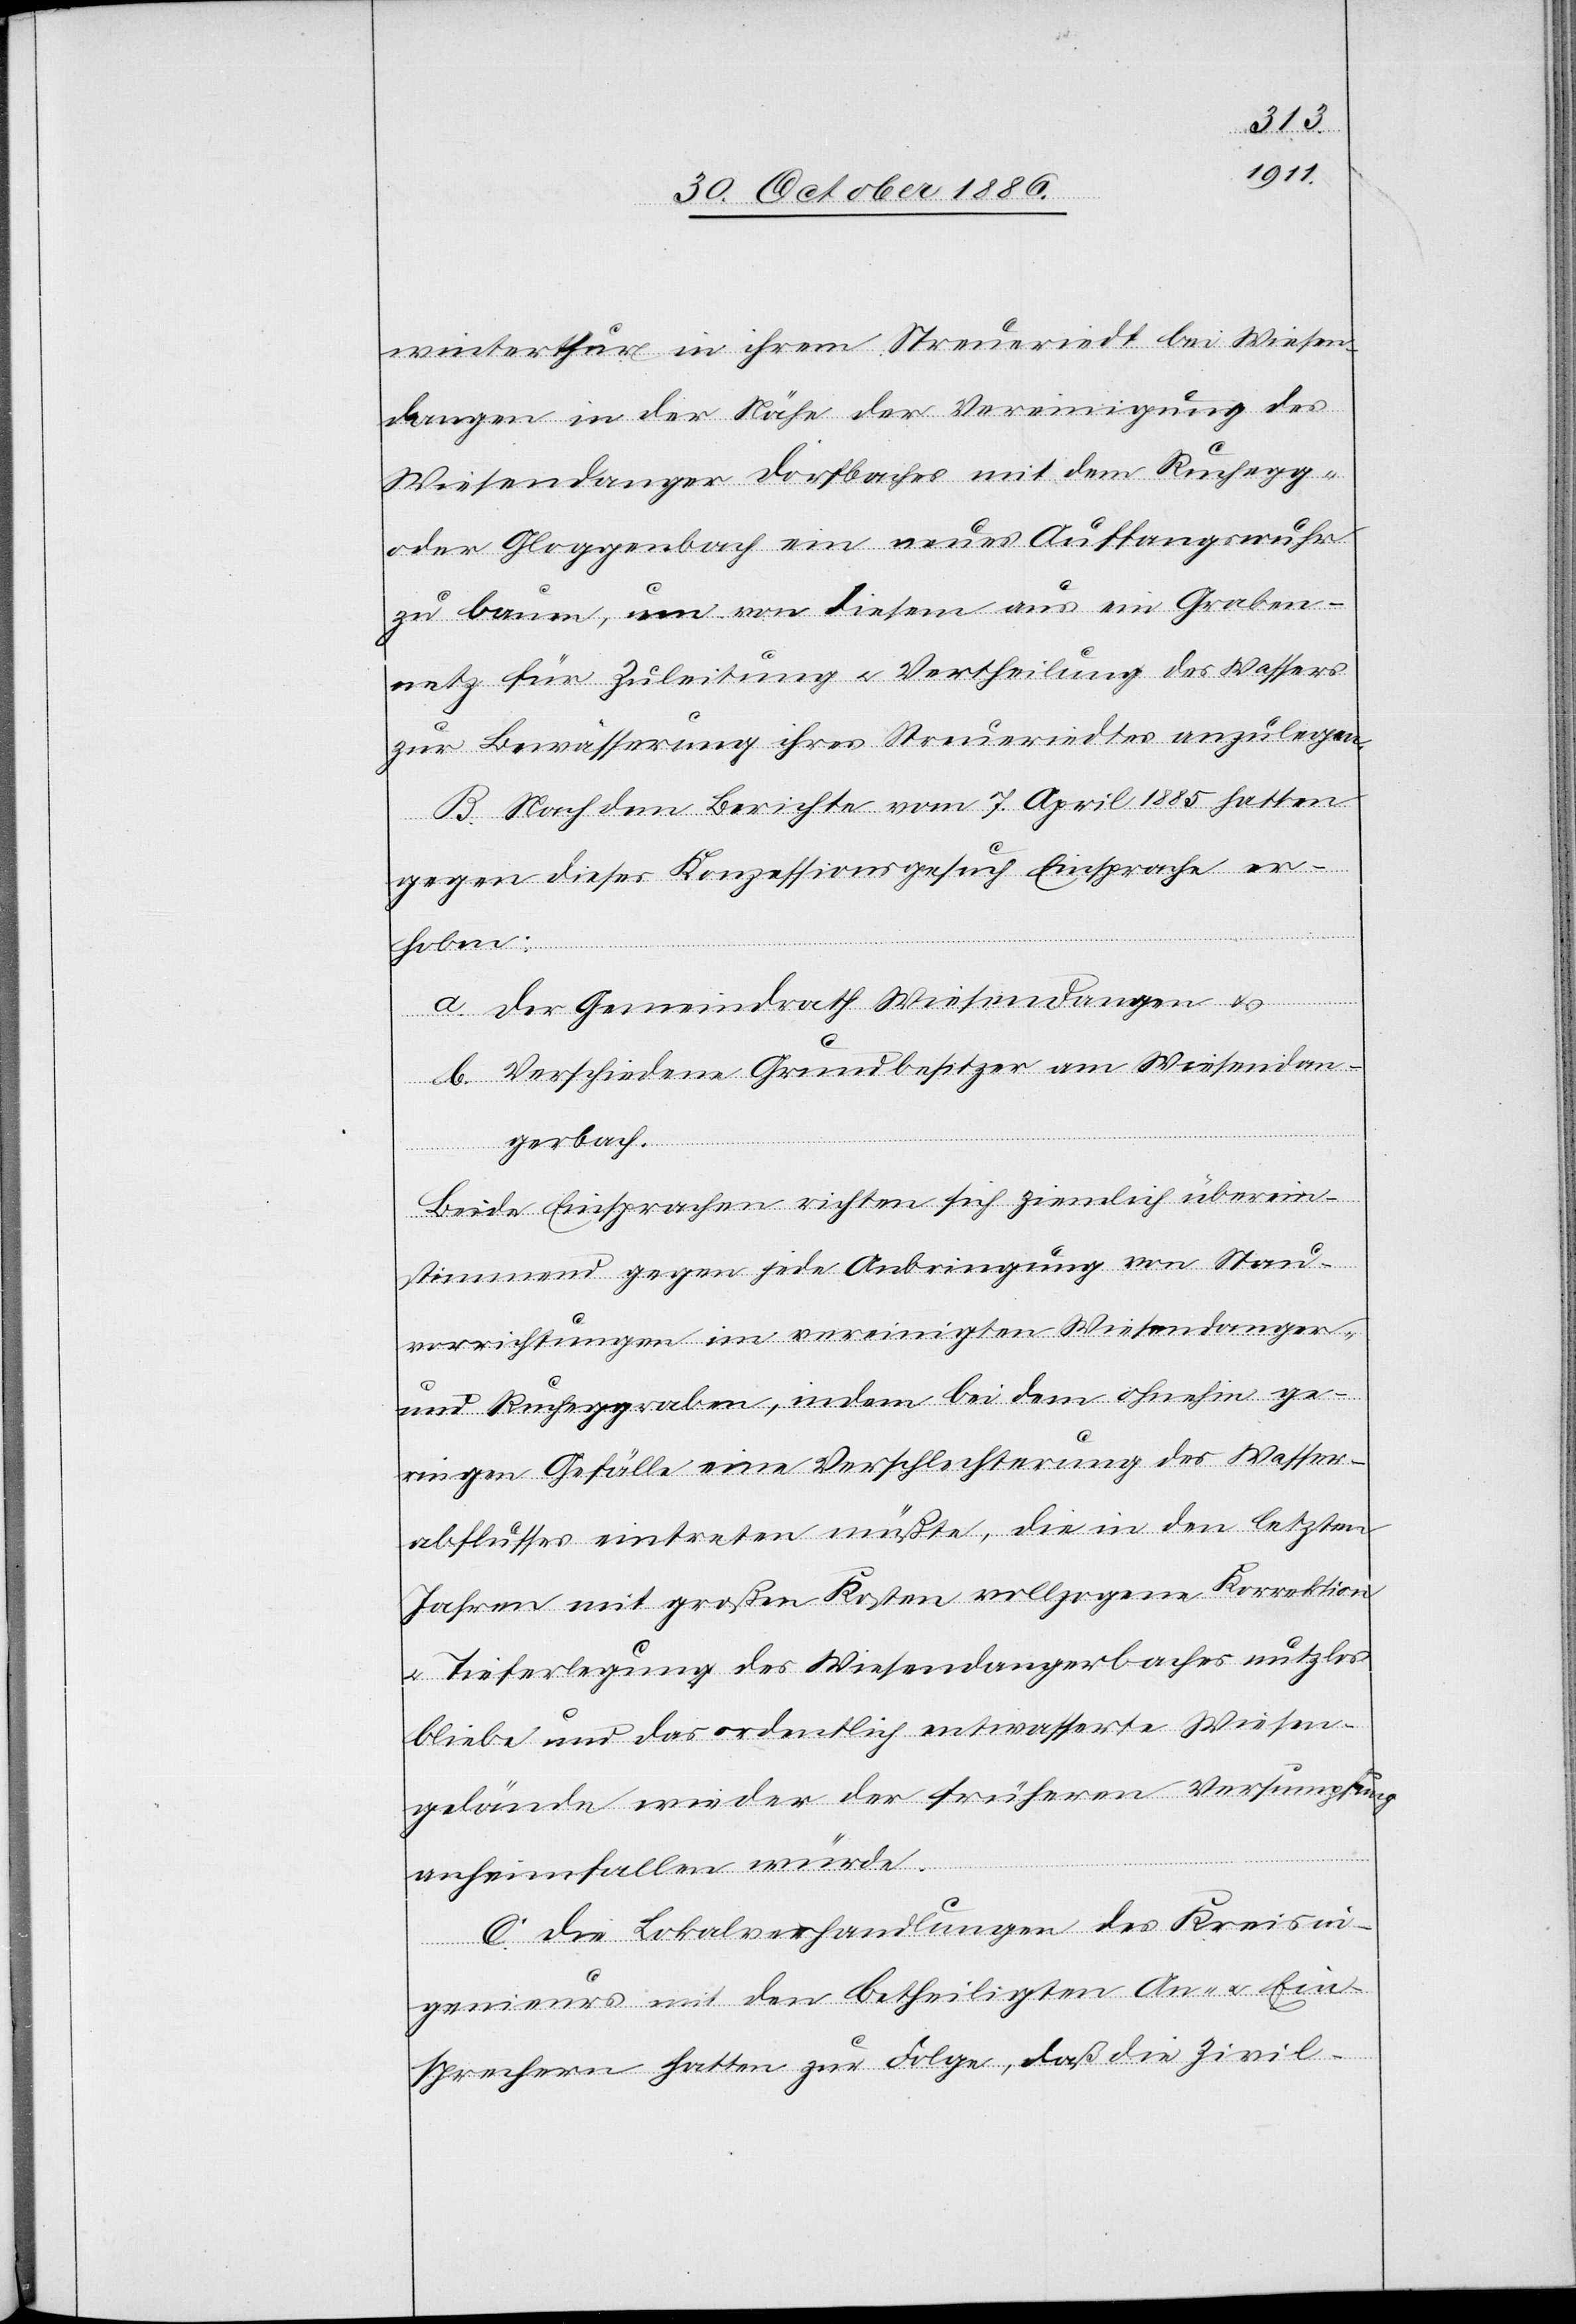
winterthur in ihrem Streueriedt bei Wiesen¬
dangen in der Nähe der Vereinigung des
Wiesendanger Dorfbaches mit dem Ruchegg-
oder Gloggenbach ein neues Auffangswuhr
zu bauen, um von diesem aus ein Graben¬
netz für Zuleitung & Vertheilung des Wassers
zur Bewässerung ihres Streueriedtes anzulegen.
B. Nach dem Berichte vom 7. April 1885 hatten
gegen dieses Konzessionsgesuch Einsprache er¬
hoben:
a. der Gemeindrath Wiesendangen &
b. Verschiedene Grundbesitzer am Wiesendan¬
gerbach.
Beide Einsprachen richten sich ziemlich überein¬
stimmend gegen jede Anbringung von Stau¬
vorrichtungen im vereinigten Wiesendanger-
und Rucheggraben [sic!], indem bei dem ohnehin ge¬
ringen Gefälle eine Verschlechterung des Wasser¬
abflusses eintreten müßte, die in den letzten
Jahren mit großen Kosten vollzogene Korrektion
Tieferlegung des Wiesendangerbaches nutzlos
bliebe und das ordentlich entwasserte [sic!] Wiesen¬
gelände wieder der früheren Versumpfung
anheimfallen würde.
C. Die Lokalverhandlungen des Kreisin¬
genieurs mit den betheiligten An- & Ein¬
sprechern hatten zur Folge, daß die Zivil-